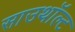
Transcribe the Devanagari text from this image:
साउथॉल्ट